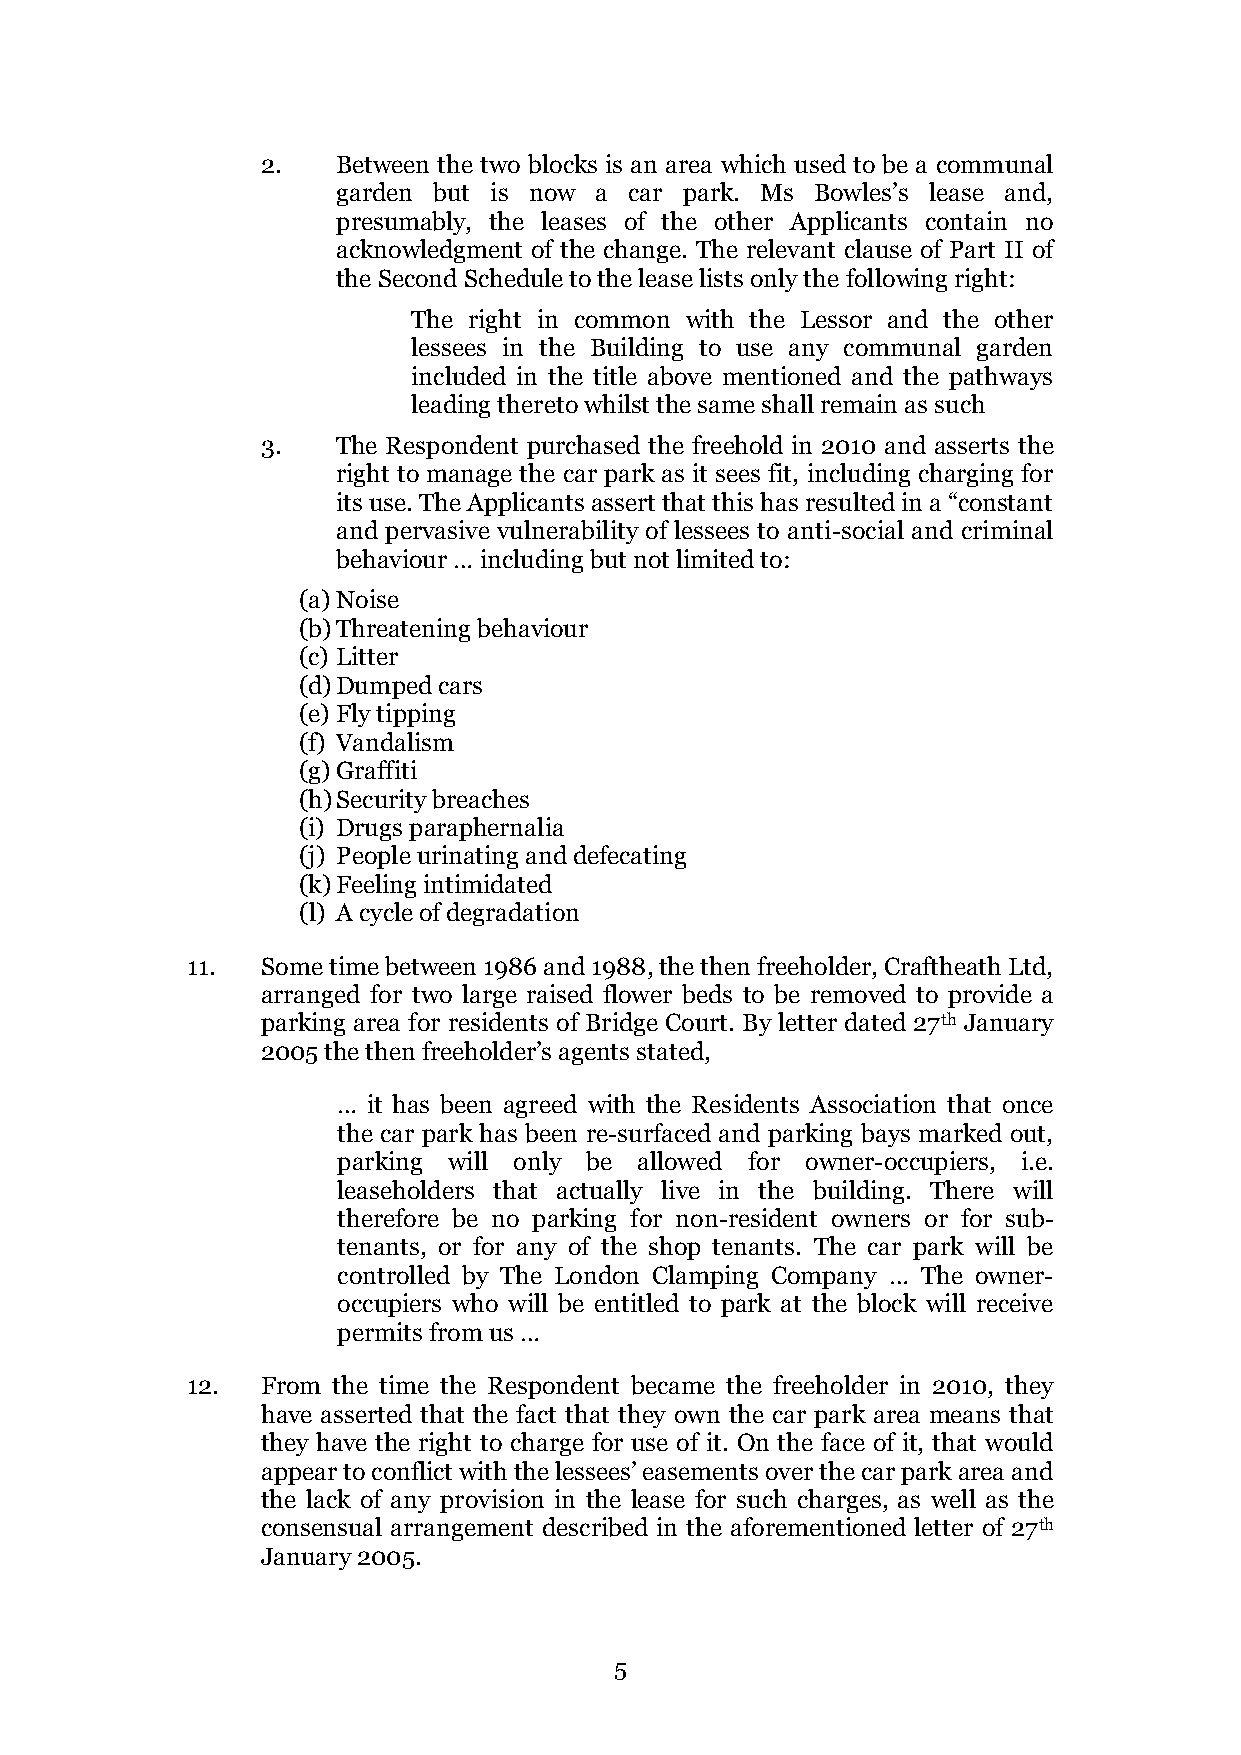
2.   Between the two blocks is an area which used to be a communal
 garden but is now a car park. Ms Bowles’s lease and,
 presumably, the leases of the other Applicants contain no
 acknowledgment of the change. The relevant clause of Part II of
 the Second Schedule to the lease lists only the following right:
 The right in common with the Lessor and the other
 lessees in the Building to use any communal garden
 included in the title above mentioned and the pathways
 leading thereto whilst the same shall remain as such
 3.   The Respondent purchased the freehold in 2010 and asserts the
 right to manage the car park as it sees fit, including charging for
 its use. The Applicants assert that this has resulted in a “constant
 and pervasive vulnerability of lessees to anti-social and criminal
 behaviour … including but not limited to:
 (a) Noise
 (b) Threatening behaviour
 (c) Litter
 (d) Dumped cars
 (e) Fly tipping
 (f) Vandalism
 (g) Graffiti
 (h) Security breaches
 (i) Drugs paraphernalia
 (j) People urinating and defecating
 (k) Feeling intimidated
 (l) A cycle of degradation
 11.  Some time between 1986 and 1988, the then freeholder, Craftheath Ltd,
 arranged for two large raised flower beds to be removed to provide a
 parking area for residents of Bridge Court. By letter dated 27th January
 2005 the then freeholder’s agents stated,
 … it has been agreed with the Residents Association that once
 the car park has been re-surfaced and parking bays marked out,
 parking will only be allowed for owner-occupiers, i.e.
 leaseholders that actually live in the building. There will
 therefore be no parking for non-resident owners or for sub-
 tenants, or for any of the shop tenants. The car park will be
 controlled by The London Clamping Company … The owner-
 occupiers who will be entitled to park at the block will receive
 permits from us …
 12.  From the time the Respondent became the freeholder in 2010, they
 have asserted that the fact that they own the car park area means that
 they have the right to charge for use of it. On the face of it, that would
 appear to conflict with the lessees’ easements over the car park area and
 the lack of any provision in the lease for such charges, as well as the
 consensual arrangement described in the aforementioned letter of 27th
 January 2005.
 5